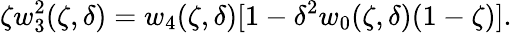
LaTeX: \zeta w_{3}^{2}(\zeta,\delta)=w_{4}(\zeta,\delta)[1-\delta^{2}w_{0}(\zeta,\delta)(1-\zeta)].